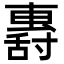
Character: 𡭏